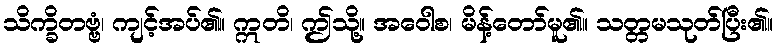
သိက္ခိတဗ္ဗံ၊ ကျင့်အပ်၏။ ဣတိ၊ ဤသို့။ အဝေါစ၊ မိန့်တော်မူ၏။ သတ္တမသုတ်ပြီး၏။